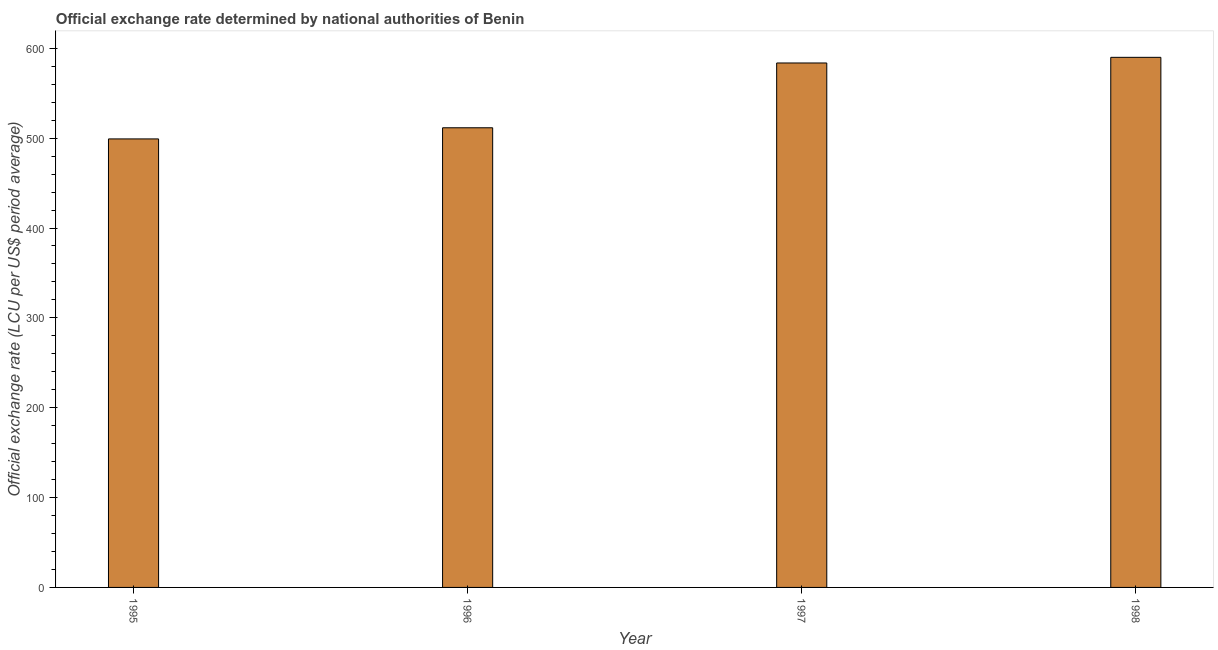
| Year | Official exchange rate |
 | --- | --- |
 | 1995 | 499 |
 | 1996 | 512 |
 | 1997 | 584 |
 | 1998 | 590 |